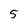
Character: 5